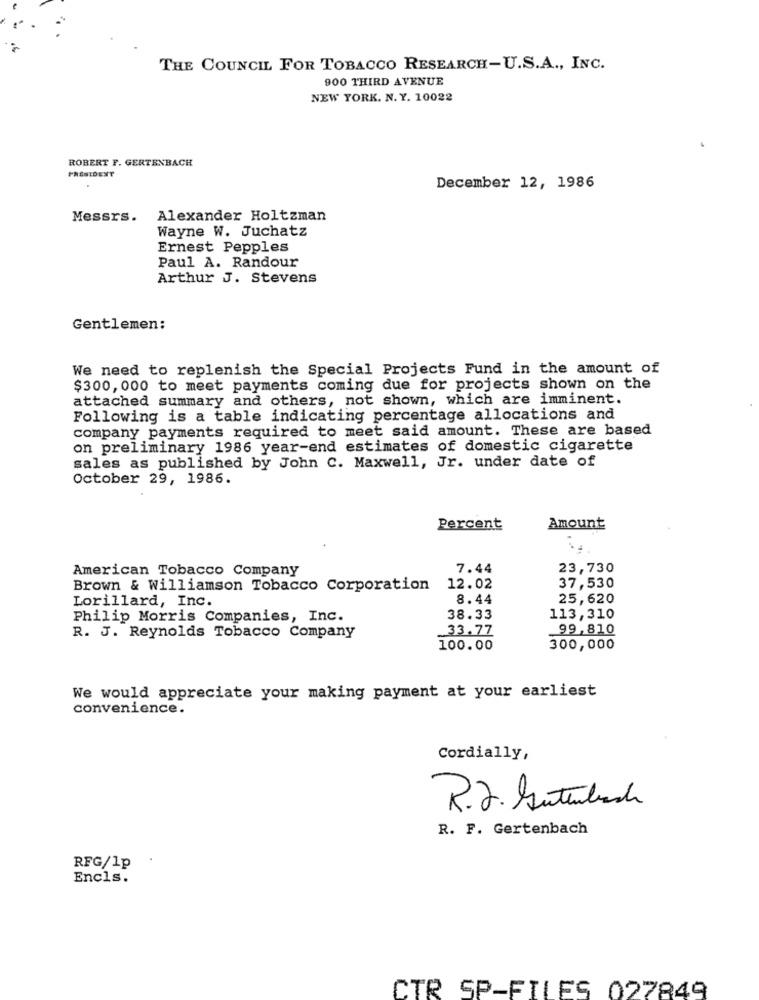
THE COUNCIL FOR TOBACCO RESEARCH-U.S.A ., INC.
900 THIRD AVENUE
NEW YORK. N. Y. 10022
ROBERT F. GERTENBACH
PRESIDENT
December 12, 1986
Messrs. Alexander Holtzman
Wayne W. Juchatz
Ernest Pepples
Paul A. Randour
Arthur J. Stevens
Gentlemen:
We need to replenish the Special Projects Fund in the amount of
$300, 000 to meet payments coming due for projects shown on the
attached summary and others, not shown, which are imminent.
Following is a table indicating percentage allocations and
company payments required to meet said amount. These are based
on preliminary 1986 year-end estimates of domestic cigarette
sales as published by John C. Maxwell, Jr. under date of
October 29, 1986.
Percent
Amount
American Tobacco Company
7.44
23,730
37,530
Brown & Williamson Tobacco Corporation 12.02
Lorillard, Inc.
8.44
25,620
Philip Morris Companies, Inc.
38.33
113,310
33.77
99,810
R. J. Reynolds Tobacco Company
100.00
300,000
We would appreciate your making payment at your earliest
convenience.
Cordially,
R.J. Kutubach
R. F. Gertenbach
RFG/1p
Encls.
CTR SP-FILES 027849